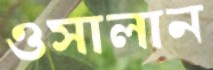
ওসালান